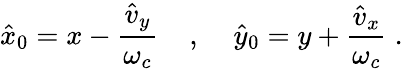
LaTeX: \hat{x}_{0}=x-\frac{\hat{v}_{y}}{\omega_{c}}\; \; \; \; ,\; \; \; \; \hat{y}_{0}=y+\frac{\hat{v}_{x}}{\omega_{c}}\; .